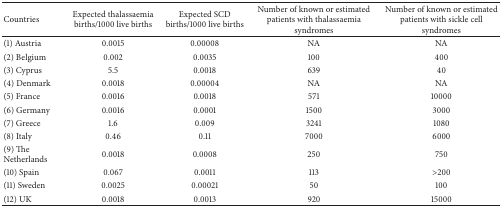
<table><thead><tr><td><b>Countries</b></td><td><b>Expected thalassaemia births/1000 live births</b></td><td><b>Expected SCD births/1000 live births</b></td><td><b>Number of known or estimated patients with thalassaemia syndromes</b></td><td><b>Number of known or estimated patients with sickle cell syndromes</b></td></tr></thead><tbody><tr><td>(1) Austria</td><td>0.0015</td><td>0.00008</td><td>NA</td><td>NA</td></tr><tr><td>(2) Belgium</td><td>0.002</td><td>0.0035</td><td>100</td><td>400</td></tr><tr><td>(3) Cyprus</td><td>5.5</td><td>0.0018</td><td>639</td><td>40</td></tr><tr><td>(4) Denmark</td><td>0.0018</td><td>0.00004</td><td>NA</td><td>NA</td></tr><tr><td>(5) France</td><td>0.0016</td><td>0.0018</td><td>571</td><td>10000</td></tr><tr><td>(6) Germany</td><td>0.0016</td><td>0.0001</td><td>1500</td><td>3000</td></tr><tr><td>(7) Greece</td><td>1.6</td><td>0.009</td><td>3241</td><td>1080</td></tr><tr><td>(8) Italy</td><td>0.46</td><td>0.11</td><td>7000</td><td>6000</td></tr><tr><td>(9) The Netherlands</td><td>0.0018</td><td>0.0008</td><td>250</td><td>750</td></tr><tr><td>(10) Spain</td><td>0.067</td><td>0.0011</td><td>113</td><td>&gt;200</td></tr><tr><td>(11) Sweden</td><td>0.0025</td><td>0.00021</td><td>50</td><td>100</td></tr><tr><td>(12) UK</td><td>0.0018</td><td>0.0013</td><td>920</td><td>15000</td></tr></tbody></table>